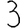
Digit: 3